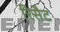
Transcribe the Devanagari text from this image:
रिसैट